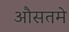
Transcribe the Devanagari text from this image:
औसतमे